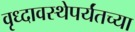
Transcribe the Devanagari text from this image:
वृध्दावस्थेपर्यंतच्या